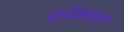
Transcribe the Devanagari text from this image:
हृदंतस्तर